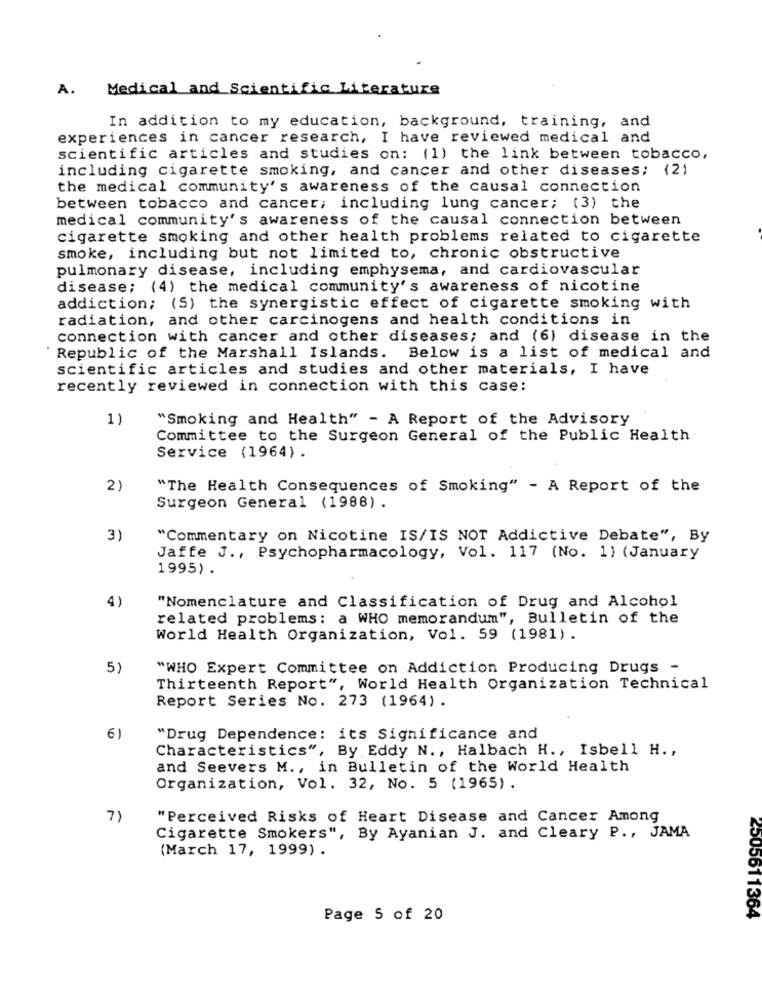
A.
Medical and Scientific Literature
In addition to my education, background, training, and
experiences in cancer research, I have reviewed medical and
scientific articles and studies on: (1) the link between tobacco,
including cigarette smoking, and cancer and other diseases; (2)
the medical community's awareness of the causal connection
between tobacco and cancer, including lung cancer; (3) the
medical community's awareness of the causal connection between
cigarette smoking and other health problems related to cigarette
smoke, including but not limited to, chronic obstructive
pulmonary disease, including emphysema, and cardiovascular
disease; (4) the medical community's awareness of nicotine
addiction; (5) the synergistic effect of cigarette smoking with
radiation, and other carcinogens and health conditions in
connection with cancer and other diseases; and (6) disease in the
Republic of the Marshall Islands.
Below is a list of medical and
scientific articles and studies and other materials, I have
recently reviewed in connection with this case:
1)
"Smoking and Health" - A Report of the Advisory
Committee to the Surgeon General of the Public Health
Service (1964) .
2)
"The Health Consequences of Smoking" - A Report of the
Surgeon General (1988) .
3)
"Commentary on Nicotine IS/IS NOT Addictive Debate", By
Jaffe J ., Psychopharmacology, Vol. 117 (No. 1) (January
1995) .
4)
"Nomenclature and Classification of Drug and Alcohol
related problems: a WHO memorandum", Bulletin of the
World Health Organization, Vol. 59 (1981).
5)
"WHO Expert Committee on Addiction Producing Drugs -
Thirteenth Report", World Health Organization Technical
Report Series No. 273 (1964).
6)
"Drug Dependence: its Significance and
Characteristics", By Eddy N ., Halbach H ., Isbell H .,
and Seevers M ., in Bulletin of the World Health
Organization, Vol. 32, No. 5 (1965) .
7)
"Perceived Risks of Heart Disease and Cancer Among
Cigarette Smokers", By Ayanian J. and Cleary P ., JAMA
(March 17, 1999) .
Page 5 of 20
2505611364